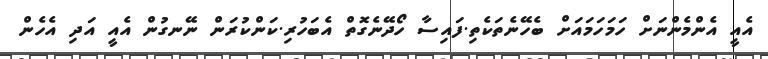
އެއީ އެންމެންނަށް ހަމަހަމައަށް ބެހޭނެތަކެތި.ފައިސާ ހޯދޭނެގޮތް އެބަހުރި.ކަންކުރަން ނޭނގުން އެއީ އަދި އެހެން